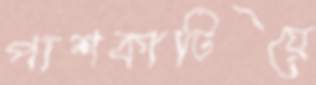
পাশকাটিয়ে